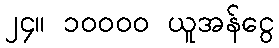
၂၄။ ၁၀၀၀၀ ယူအန်ငွေ